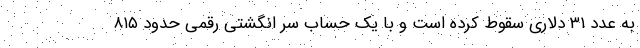
به عدد ۳۱ دلاری سقوط کرده است و با یک حساب سر انگشتی رقمی حدود ۸۱۵